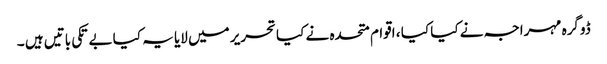
ڈوگرہ مہراجہ نے کیا کیا ، اقوام متحدہ نے کیا تحریر میں لایا یہ کیا بے تکی باتیں ہیں ۔